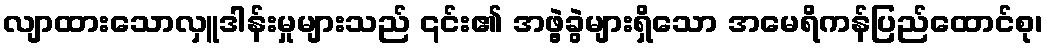
လျာထားသောလှူဒါန်းမှုများသည် ၎င်း၏ အဖွဲ့ခွဲများရှိသော အမေရိကန်ပြည်ထောင်စု၊